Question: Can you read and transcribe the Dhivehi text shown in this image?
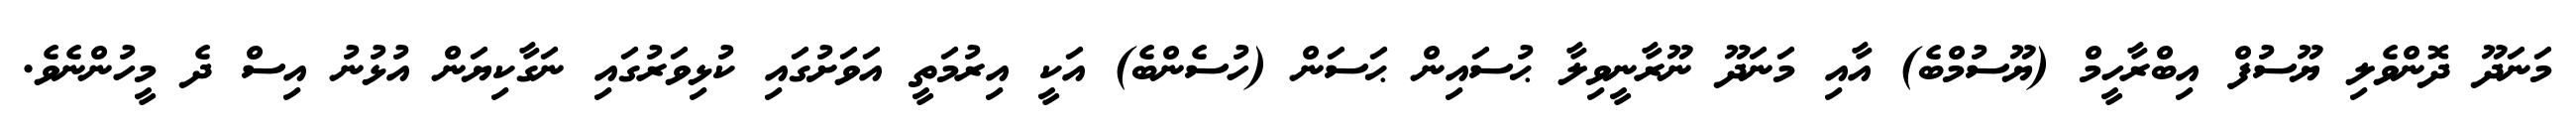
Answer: މަނަދޫ ދޮންވެލި ޔޫސުފް އިބްރާހީމް (ޔޫސުމްބެ) އާއި މަނަދޫ ނޫރާނީވިލާ ޙުސައިން ޙަސަން (ހުސެންބެ) އަކީ އިރުމަތީ އަވަށުގައި ކުޅިވަރުގައި ނަގާކިޔަން އުޅުނު އިސް ދެ މީހުންނެވެ.